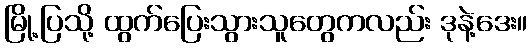
မြို့ပြသို့ ထွက်ပြေးသွားသူတွေကလည်း ဒုနဲ့ဒေး။